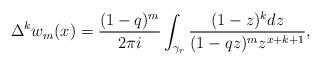
LaTeX: \begin{align*}\Delta^kw_m(x)=\frac{(1-q)^m}{2\pi i}\int_{\gamma_r}\frac{(1-z)^kdz}{(1-qz)^mz^{x+k+1}},\end{align*}